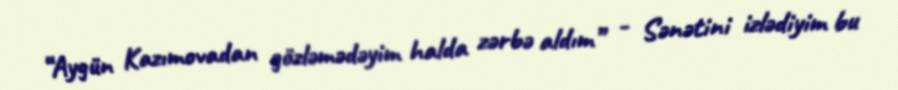
“Aygün Kazımovadan gözləmədəyim halda zərbə aldım” - Sənətini izlədiyim bu